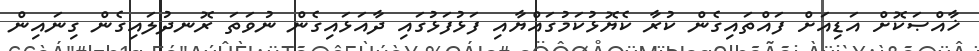
ޚާއްޞަކޮށް އަޑިއަށް ފައްތައިގެން ކުރާ ކެޔޮޅުކަމުގައްޔާއި ފަޅުފަޅުގައި ދާއަޅައިގެން ނުވަތަ ރޮނދުލައިގެން ގިނައިން